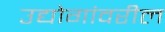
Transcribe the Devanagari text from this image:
उद्योगांवरील